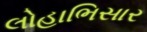
લોહાભિસાર